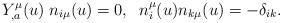
LaTeX: \begin{align*}Y^{\mu}_{,a}(u) \; n_{i\mu}(u) =0, \;\; n_{i}^{\mu}(u) n_{k\mu}(u) = - \delta_{ik}.\end{align*}